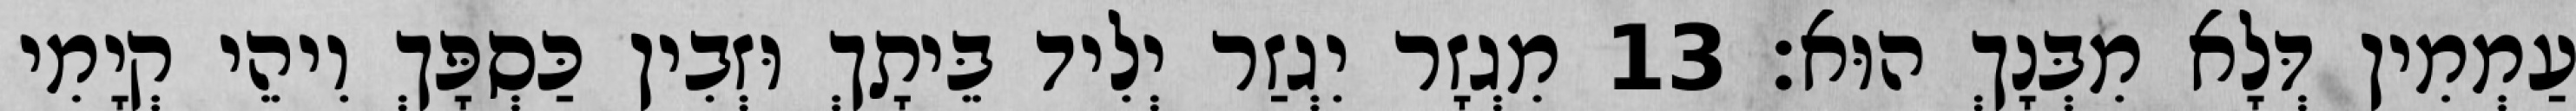
עַמְמִין דְּלָא מִבְּנָךְ הוּא׃ 13 מִגְזָר יִגְזַר יְלִיד בֵּיתָךְ וּזְבִין כַּסְפָּךְ וִיהֵי קְיָמִי